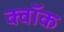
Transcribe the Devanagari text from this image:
क्वॉक